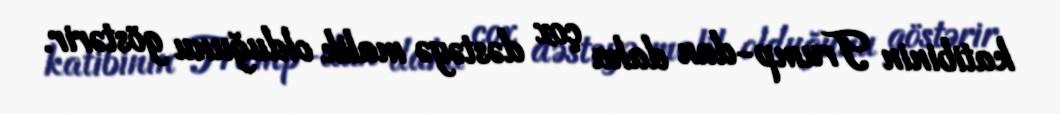
katibinin Trump-dan daha çox dəstəyə malik olduğunu göstərir.